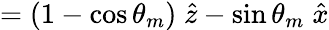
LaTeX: =(1-\cos\theta_{m})\; \hat{z}-\sin\theta_{m}\; \hat{x}